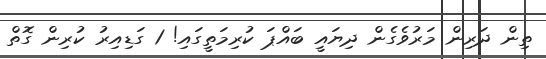
ތިން ދަރިން މަރުވެގެން ދިޔައީ ބައްޕަ ކުރިމަތީގައި! 1 ގަޑިއިރު ކުރިން ގޮތް